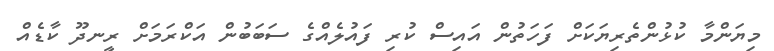
މިޔަންމާ ކުޅުންތެރިޔަކަށް ފަހަތުން އައިސް ކުރި ފައުލެއްގެ ސަބަބުން އަކްރަމަށް ރީނދޫ ކާޑެއް